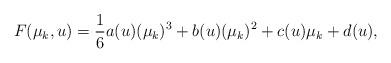
LaTeX: \begin{align*}F(\mu_{k},u)=\frac{1}{6}a(u)(\mu_{k})^{3}+b(u)(\mu_{k})^{2}+c(u)\mu_{k}+d(u), \end{align*}